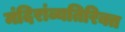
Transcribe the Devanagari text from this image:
मंदिरांव्यतिरिक्त